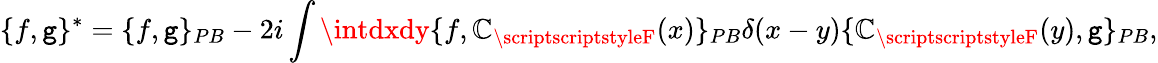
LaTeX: \{ f,\mathtt{g}\} ^{*}=\{ f,\mathtt{g}\} _{PB}-2i\int\intdxdy\{ f,\mathbb{C}_{\scriptscriptstyleF}(x)\} _{PB}\delta(x-y)\{ \mathbb{C}_{\scriptscriptstyleF}(y),\mathtt{g}\} _{PB},